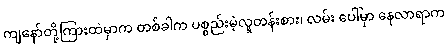
ကျနော်တို့ကြားထဲမှာက တစ်ခါက ပစ္စည်းမဲ့လူတန်းစား၊ လမ်း ပေါ်မှာ နေလာရာက